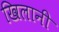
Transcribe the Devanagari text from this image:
खिलानी